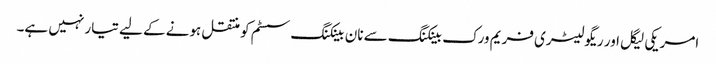
امریکی لیگل اور ریگولیٹری فریم ورک بینکنگ سے نان بینکنگ سسٹم کو منتقل ہونے کے لیے تیار نہیں ہے۔